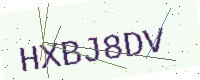
Text: HXBJ8DV